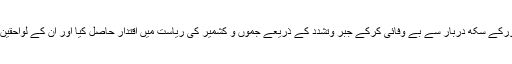
مہاراجہ گلاب سنگھ نے پہلے جموں کے عوام اور لاہورکے سکھ دربار سے بے وفائی کرکے جبر وتشدد کے ذریعے جموں و کشمیر کی ریاست میں اقتدار حاصل کیا اور ان کے لواحقین جانشین بن کر جاگیر دارانہ لوٹ کھسوٹ کرتے رہے۔